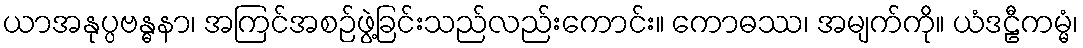
ယာအနုပ္ပဗန္ဓနာ၊ အကြင်အစဉ်ဖွဲ့ခြင်းသည်လည်းကောင်း။ ကောဓဿ၊ အမျက်ကို။ ယံဒဠီကမ္မံ၊